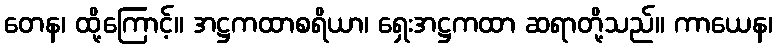
တေန၊ ထို့ကြောင့်။ အဋ္ဌကထာစရိယာ၊ ရှေးအဋ္ဌကထာ ဆရာတို့သည်။ ကာယေန၊